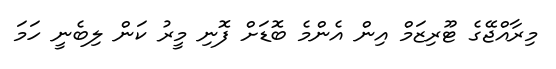
މިރާއްޖޭގެ ޓޫރިޒަމް އިން އެންމެ ބޮޑަށް ފޮނި މީރު ކަން ލިބެނީ ހަމަ